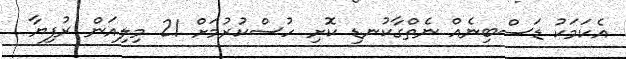
އެކަމަކު ޑަސްބިނެއް ނެތްގާކުނޑި ކޮށި ހުސްކުރުމަށް 21 މިލިއަން ރުފިޔާ